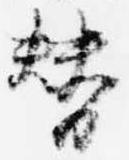
替